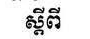
ស្ដីពី